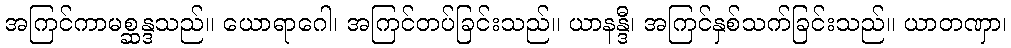
အကြင်ကာမစ္ဆန္ဒသည်။ ယောရာဂေါ၊ အကြင်တပ်ခြင်းသည်။ ယာနန္ဒီ၊ အကြင်နှစ်သက်ခြင်းသည်။ ယာတဏှာ၊